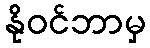
နိုဝင်ဘာမှ